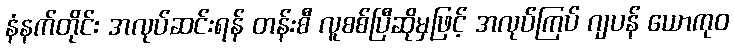
နံနက်တိုင်း အလုပ်ဆင်းရန် တန်းစီ လူစစ်ပြီဆိုမှဖြင့် အလုပ်ကြပ် ဂျပန် ယောကုဝ